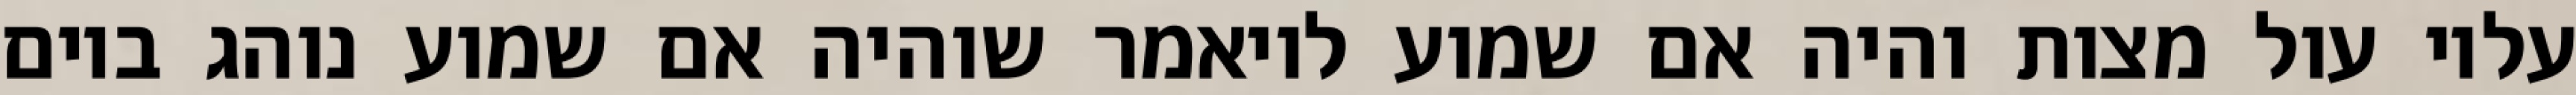
עליו עול מצות והיה אם שמוע לויאמר שוהיה אם שמוע נוהג ביום